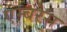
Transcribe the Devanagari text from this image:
एम्बरेस